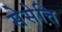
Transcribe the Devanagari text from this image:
सेसेत्ति